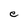
Character: e